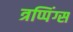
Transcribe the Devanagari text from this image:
त्रप्पिंग्स